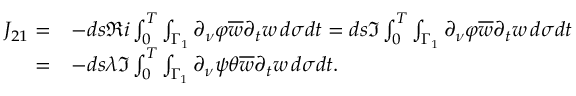
\begin{array} { r l } { J _ { 2 1 } = } & { - d s \Re i \int _ { 0 } ^ { T } \int _ { \Gamma _ { 1 } } \partial _ { \nu } \varphi \overline { { w } } \partial _ { t } w \, d \sigma d t = d s \Im \int _ { 0 } ^ { T } \int _ { \Gamma _ { 1 } } \partial _ { \nu } \varphi \overline { { w } } \partial _ { t } w \, d \sigma d t } \\ { = } & { - d s \lambda \Im \int _ { 0 } ^ { T } \int _ { \Gamma _ { 1 } } \partial _ { \nu } \psi \theta \overline { { w } } \partial _ { t } w \, d \sigma d t . } \end{array}